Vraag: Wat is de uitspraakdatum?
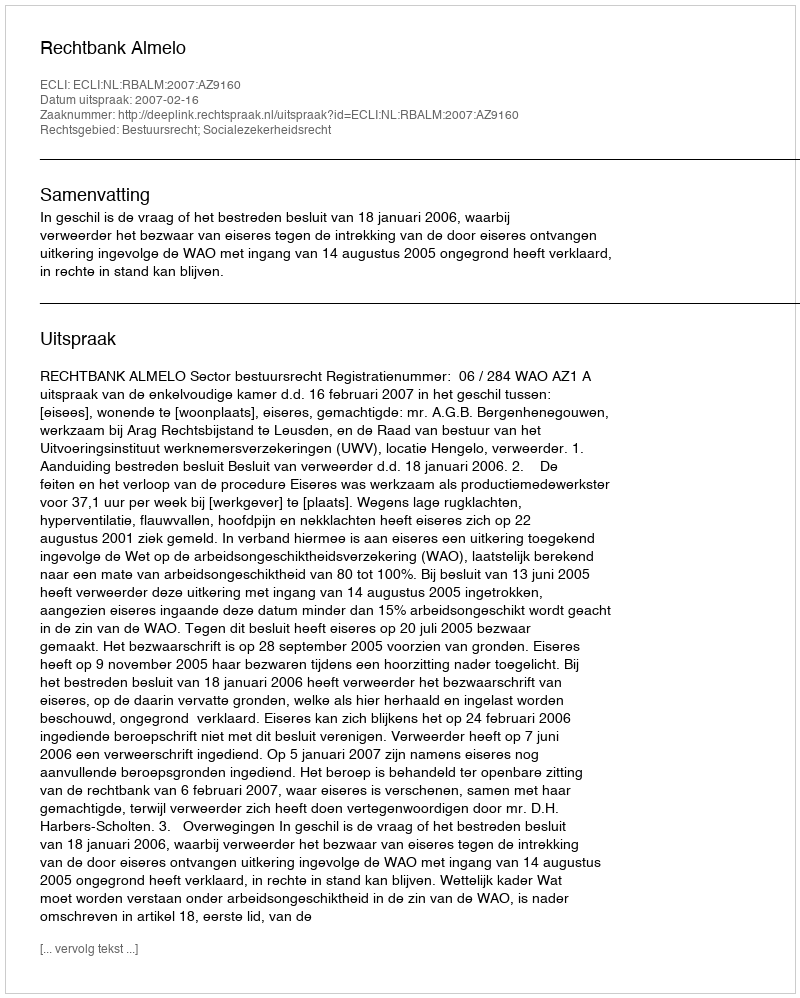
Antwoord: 2007-02-16